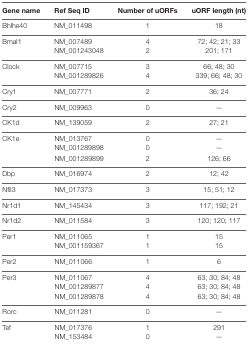
<table><thead><tr><td><b>Gene name</b></td><td><b>Ref Seq ID</b></td><td><b>Number of uORFs</b></td><td><b>uORF length (nt)</b></td></tr></thead><tbody><tr><td>Bhlhe40</td><td>NM_011498</td><td>1</td><td>18</td></tr><tr><td>Bmal1</td><td>NM_007489NM_001243048</td><td>42</td><td>72; 42; 21; 33201; 171</td></tr><tr><td>Clock</td><td>NM_007715NM_001289826</td><td>34</td><td>66; 48; 30339; 66; 48; 30</td></tr><tr><td>Cry1</td><td>NM_007771</td><td>2</td><td>36; 24</td></tr><tr><td>Cry2</td><td>NM_009963</td><td>0</td><td>—</td></tr><tr><td>CK1d</td><td>NM_139059</td><td>2</td><td>27; 21</td></tr><tr><td>CK1e</td><td>NM_013767NM_001289898NM_001289899</td><td>002</td><td>——126; 66</td></tr><tr><td>Dbp</td><td>NM_016974</td><td>2</td><td>12; 42</td></tr><tr><td>Nfil3</td><td>NM_017373</td><td>3</td><td>15; 51; 12</td></tr><tr><td>Nr1d1</td><td>NM_145434</td><td>3</td><td>117; 192; 21</td></tr><tr><td>Nr1d2</td><td>NM_011584</td><td>3</td><td>120; 120; 117</td></tr><tr><td>Per1</td><td>NM_011065NM_001159367</td><td>11</td><td>1515</td></tr><tr><td>Per2</td><td>NM_011066</td><td>1</td><td>6</td></tr><tr><td>Per3</td><td>NM_011067NM_001289877NM_001289878</td><td>444</td><td>63; 30; 84; 4863; 30; 84; 4863; 30; 84; 48</td></tr><tr><td>Rorc</td><td>NM_011281</td><td>0</td><td>—</td></tr><tr><td>Tef</td><td>NM_017376NM_153484</td><td>10</td><td>291—</td></tr></tbody></table>